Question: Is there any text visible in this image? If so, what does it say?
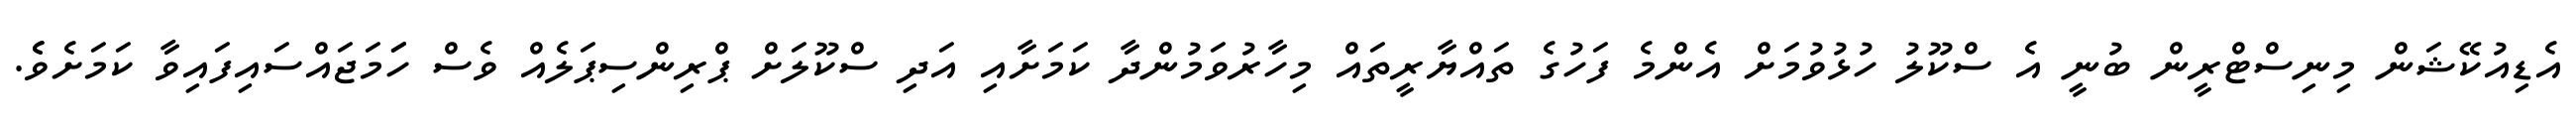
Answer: އެޑިއުކޭޝަން މިނިސްޓްރީން ބުނީ އެ ސްކޫލު ހުޅުވުމަށް އެންމެ ފަހުގެ ތައްޔާރީތައް މިހާރުވަމުންދާ ކަމަށާއި އަދި ސްކޫލަށް ޕްރިންސިޕަލެއް ވެސް ހަަމަޖައްސައިފައިވާ ކަމަށެވެެ.